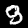
Digit: 9